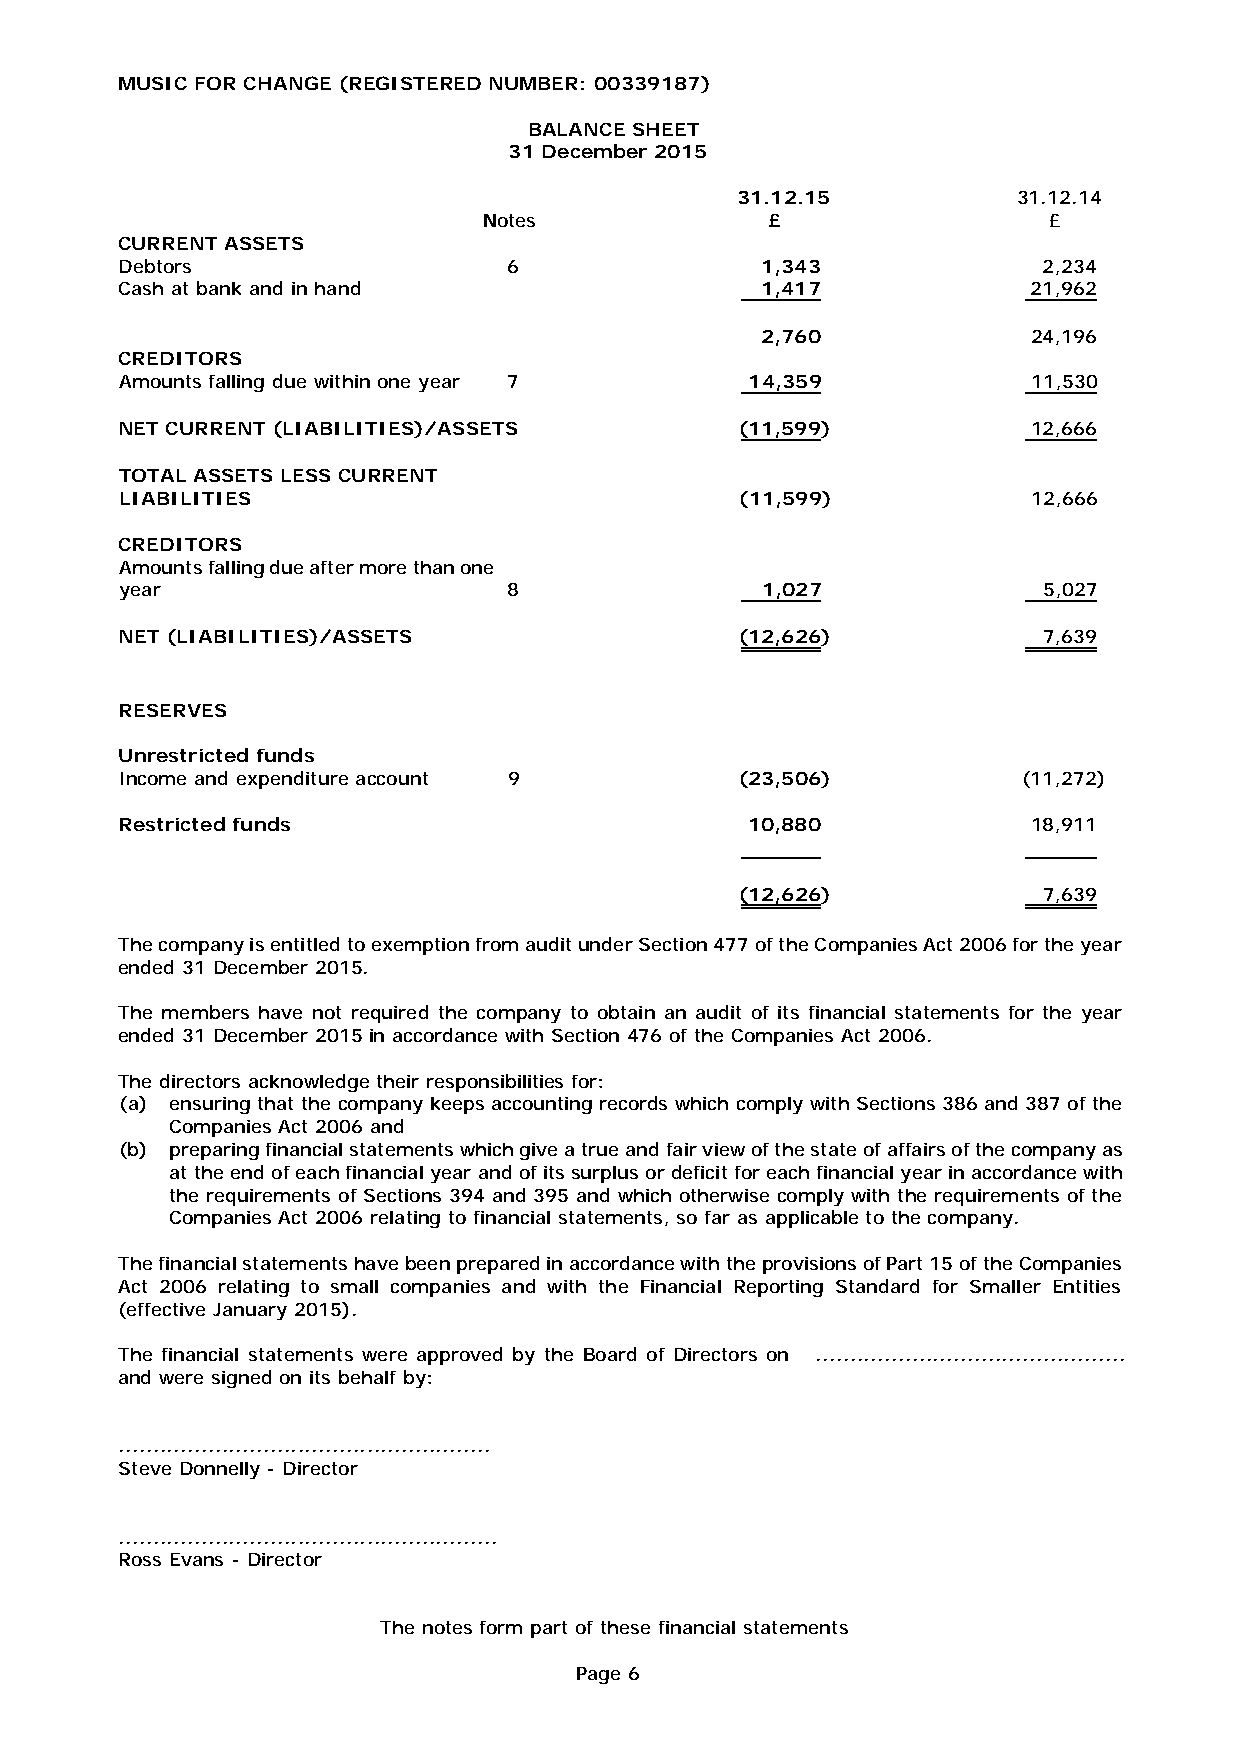
MUSIC FOR CHANGE (REGISTERED NUMBER: 00339187)
 BALANCE SHEET
 31 December 2015
 31.12.15          31.12.14
 Notes                                      £                 £
 CURRENT ASSETS
 Debtors 6                                 1,343              2,234
 Cash at bank and in hand                  1,417             21,962
 2,760             24,196
 CREDITORS
 Amounts falling due within one year 7     14,359            11,530
 NET CURRENT (LIABILITIES)/ASSETS (11,599)                   12,666
 TOTAL ASSETS LESS CURRENT
 LIABILITIES                              (11,599)           12,666
 CREDITORS
 Amounts falling due after more than one
 year                      8               1,027              5,027
 NET (LIABILITIES)/ASSETS (12,626)                            7,639
 RESERVES
 Unrestricted funds
 Income and expenditure account 9         (23,506)           (11,272)
 Restricted funds 10,880                                     18,911
 (12,626)            7,639
 The company is entitled to exemption from audit under Section 477 of the Companies Act 2006 for the year
 ended 31 December 2015.
 The members have not required the company to obtain an audit of its financial statements for the year
 ended 31 December 2015 in accordance with Section 476 of the Companies Act 2006.
 The directors acknowledge their responsibilities for:
 (a) ensuring that the company keeps accounting records which comply with Sections 386 and 387 of the
 Companies Act 2006 and
 (b) preparing financial statements which give a true and fair view of the state of affairs of the company as
 at the end of each financial year and of its surplus or deficit for each financial year in accordance with
 the requirements of Sections 394 and 395 and which otherwise comply with the requirements of the
 Companies Act 2006 relating to financial statements, so far as applicable to the company.
 The financial statements have been prepared in accordance with the provisions of Part 15 of the Companies
 Act 2006 relating to small companies and with the Financial Reporting Standard for Smaller Entities
 (effective January 2015).
 The financial statements were approved by the Board of Directors on .............................................
 and were signed on its behalf by:
 ......................................................
 Steve Donnelly - Director
 .......................................................
 Ross Evans - Director
 The notes form part of these financial statements
 Page 6